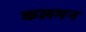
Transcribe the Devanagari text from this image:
कलमन